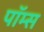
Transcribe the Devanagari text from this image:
पॉम्स